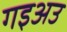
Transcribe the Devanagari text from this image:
गइअउ